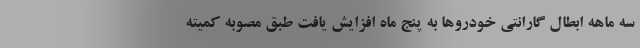
سه ماهه ابطال گارانتی خودروها به پنج ماه افزایش یافت طبق مصوبه کمیته